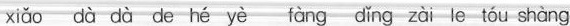
xiǎo dà dà de hé yè fàng dǐng zài le tóu shàng